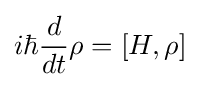
i\hbar {\frac {d}{dt}}\rho =[H,\rho ]~